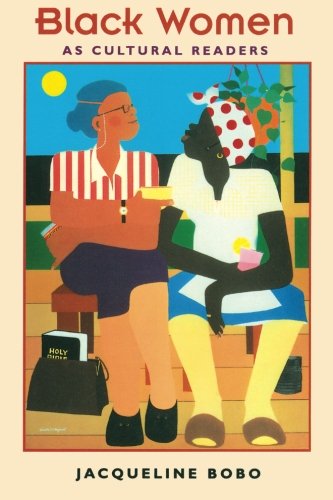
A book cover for Black Women as Cultural Readers; Jacqueline Bobo; Humor & Entertainment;